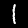
Label: 1